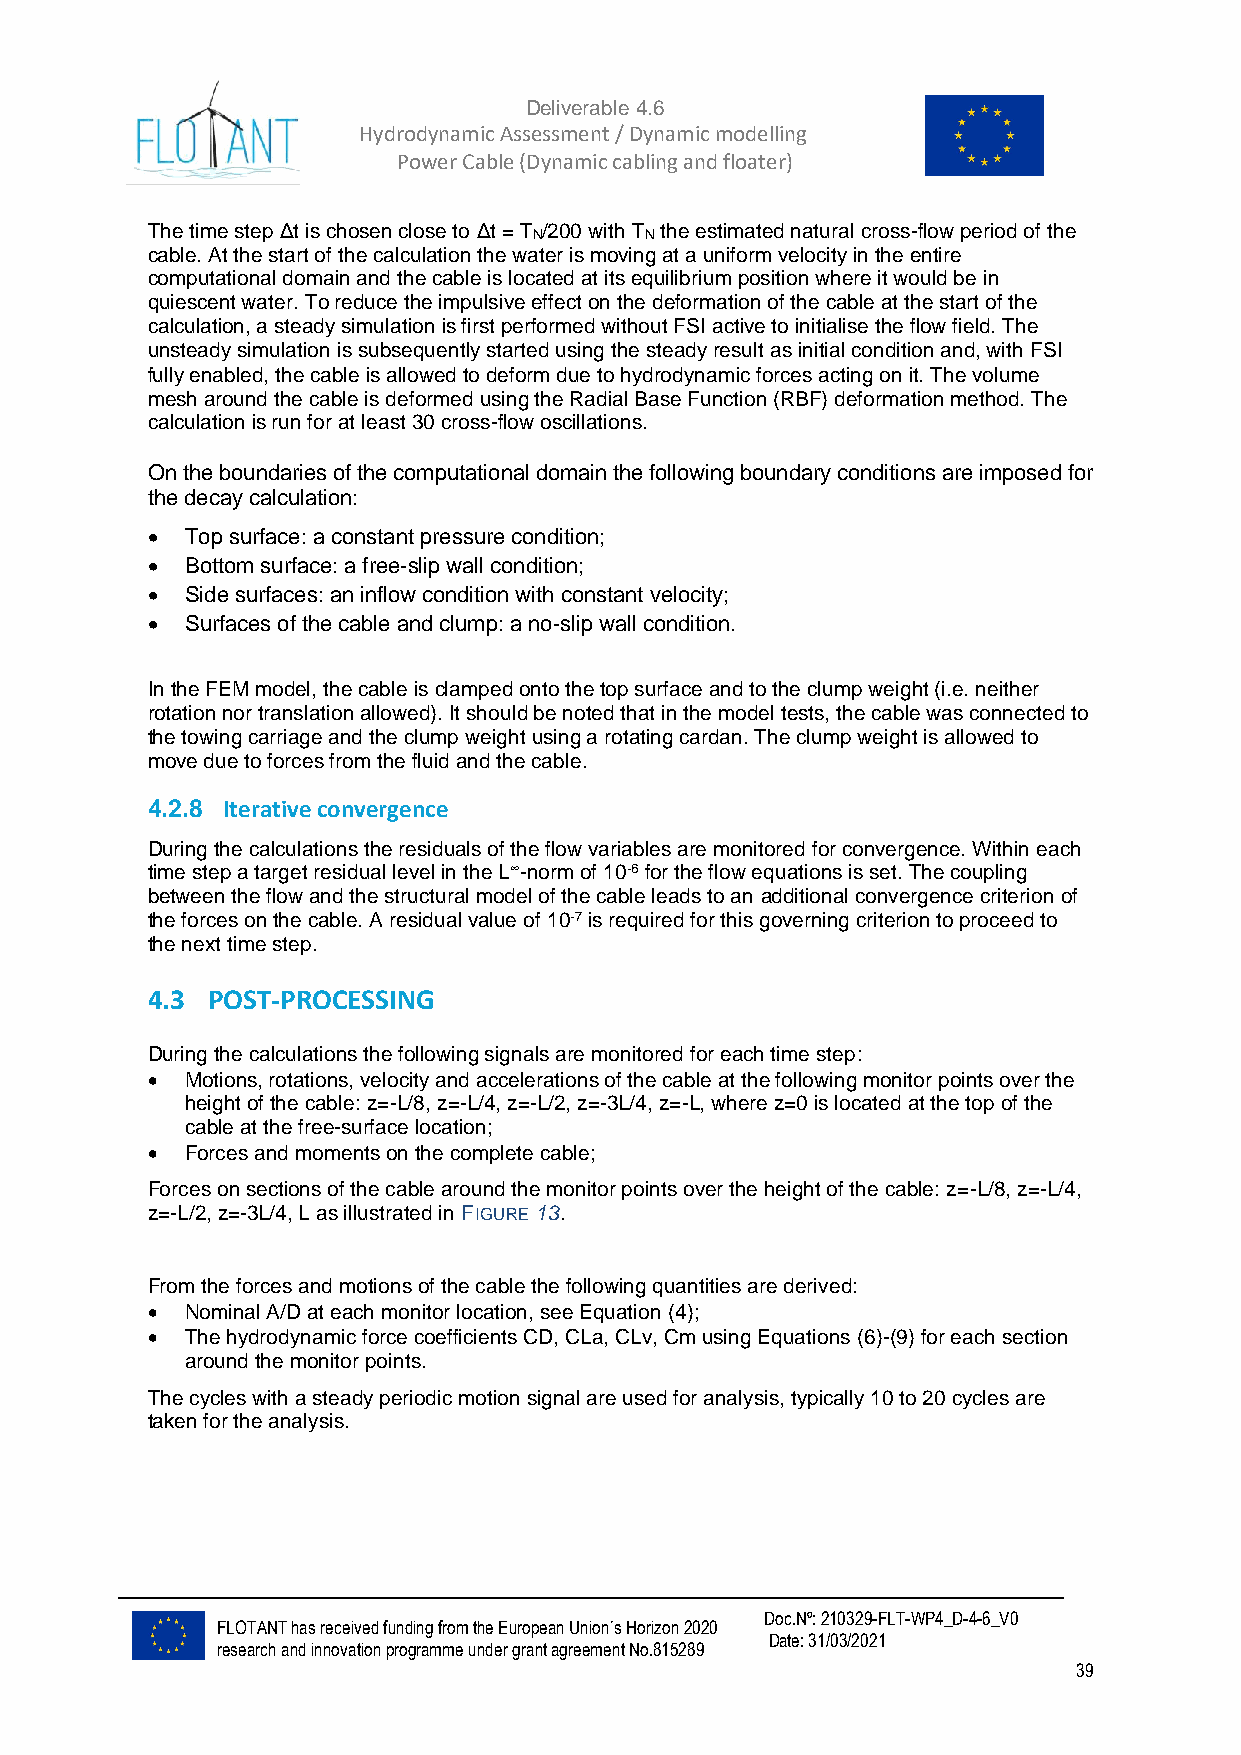
Deliverable 4.6
 Hydrodynamic Assessment / Dynamic modelling of
 Power Cable (Dynamic cabling and floater)
 The time step Δt is chosen close to Δt = T /200 with T the estimated natural cross-flow period of the
 N       N
 cable. At the start of the calculation the water is moving at a uniform velocity in the entire
 computational domain and the cable is located at its equilibrium position where it would be in
 quiescent water. To reduce the impulsive effect on the deformation of the cable at the start of the
 calculation, a steady simulation is first performed without FSI active to initialise the flow field. The
 unsteady simulation is subsequently started using the steady result as initial condition and, with FSI
 fully enabled, the cable is allowed to deform due to hydrodynamic forces acting on it. The volume
 mesh around the cable is deformed using the Radial Base Function (RBF) deformation method. The
 calculation is run for at least 30 cross-flow oscillations.
 On the boundaries of the computational domain the following boundary conditions are imposed for
 the decay calculation:
 • Top surface: a constant pressure condition;
 • Bottom surface: a free-slip wall condition;
 • Side surfaces: an inflow condition with constant velocity;
 • Surfaces of the cable and clump: a no-slip wall condition.
 In the FEM model, the cable is clamped onto the top surface and to the clump weight (i.e. neither
 rotation nor translation allowed). It should be noted that in the model tests, the cable was connected to
 the towing carriage and the clump weight using a rotating cardan. The clump weight is allowed to
 move due to forces from the fluid and the cable.
 4.2.8 Iterative convergence
 During the calculations the residuals of the flow variables are monitored for convergence. Within each
 time step a target residual level in the L∞-norm of 10-6 for the flow equations is set. The coupling
 between the flow and the structural model of the cable leads to an additional convergence criterion of
 the forces on the cable. A residual value of 10-7 is required for this governing criterion to proceed to
 the next time step.
 4.3 POST-PROCESSING
 During the calculations the following signals are monitored for each time step:
 • Motions, rotations, velocity and accelerations of the cable at the following monitor points over the
 height of the cable: z=-L/8, z=-L/4, z=-L/2, z=-3L/4, z=-L, where z=0 is located at the top of the
 cable at the free-surface location;
 • Forces and moments on the complete cable;
 Forces on sections of the cable around the monitor points over the height of the cable: z=-L/8, z=-L/4,
 z=-L/2, z=-3L/4, L as illustrated in FIGURE 13.
 From the forces and motions of the cable the following quantities are derived:
 • Nominal A/D at each monitor location, see Equation (4);
 • The hydrodynamic force coefficients CD, CLa, CLv, Cm using Equations (6)-(9) for each section
 around the monitor points.
 The cycles with a steady periodic motion signal are used for analysis, typically 10 to 20 cycles are
 taken for the analysis.
 Doc.Nº: 210329-FLT-WP4_D-4-6_V0
 FLOTANT has received funding from the European Union´s Horizon 2020
 Date: 31/03/2021
 research and innovation programme under grant agreement No.815289
 39